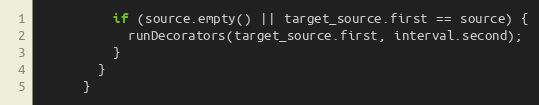
Language: C++
          if (source.empty() || target_source.first == source) {
            runDecorators(target_source.first, interval.second);
          }
        }
      }